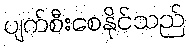
ပျက်စီးစေနိုင်သည်